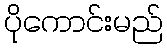
ပိုကောင်းမည်